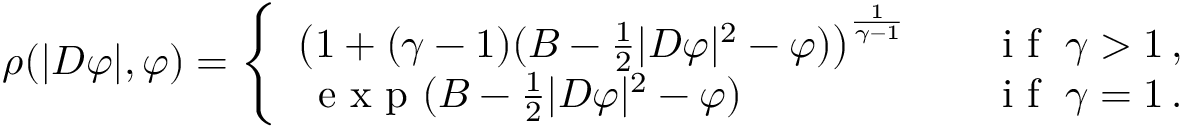
\begin{array} { r } { \rho ( | D \varphi | , \varphi ) = \left\{ \begin{array} { l l } { \big ( 1 + ( \gamma - 1 ) ( B - \frac 1 2 | D \varphi | ^ { 2 } - \varphi ) \big ) ^ { \frac { 1 } { \gamma - 1 } } } & { \quad \mathrm { ~ i ~ f ~ } \; \gamma > 1 \, , } \\ { \, \mathrm { ~ e ~ x ~ p ~ } ( B - \frac 1 2 | D \varphi | ^ { 2 } - \varphi ) } & { \quad \mathrm { ~ i ~ f ~ } \; \gamma = 1 \, . } \end{array} \right. } \end{array}